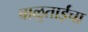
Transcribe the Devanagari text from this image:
बाळुताईंचा